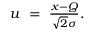
\begin{array} { r } { u \ = \ \frac { x - Q } { \sqrt { 2 } \sigma } . } \end{array}